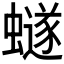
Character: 𮕆